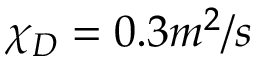
\chi _ { D } = 0 . 3 m ^ { 2 } / s